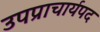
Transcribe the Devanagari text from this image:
उपप्राचार्यपद